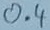
Text: 0.4